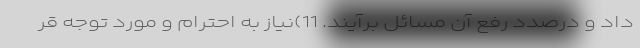
داد و درصدد رفع آن مسائل برآیند. 11)نیاز به احترام و مورد توجه قر